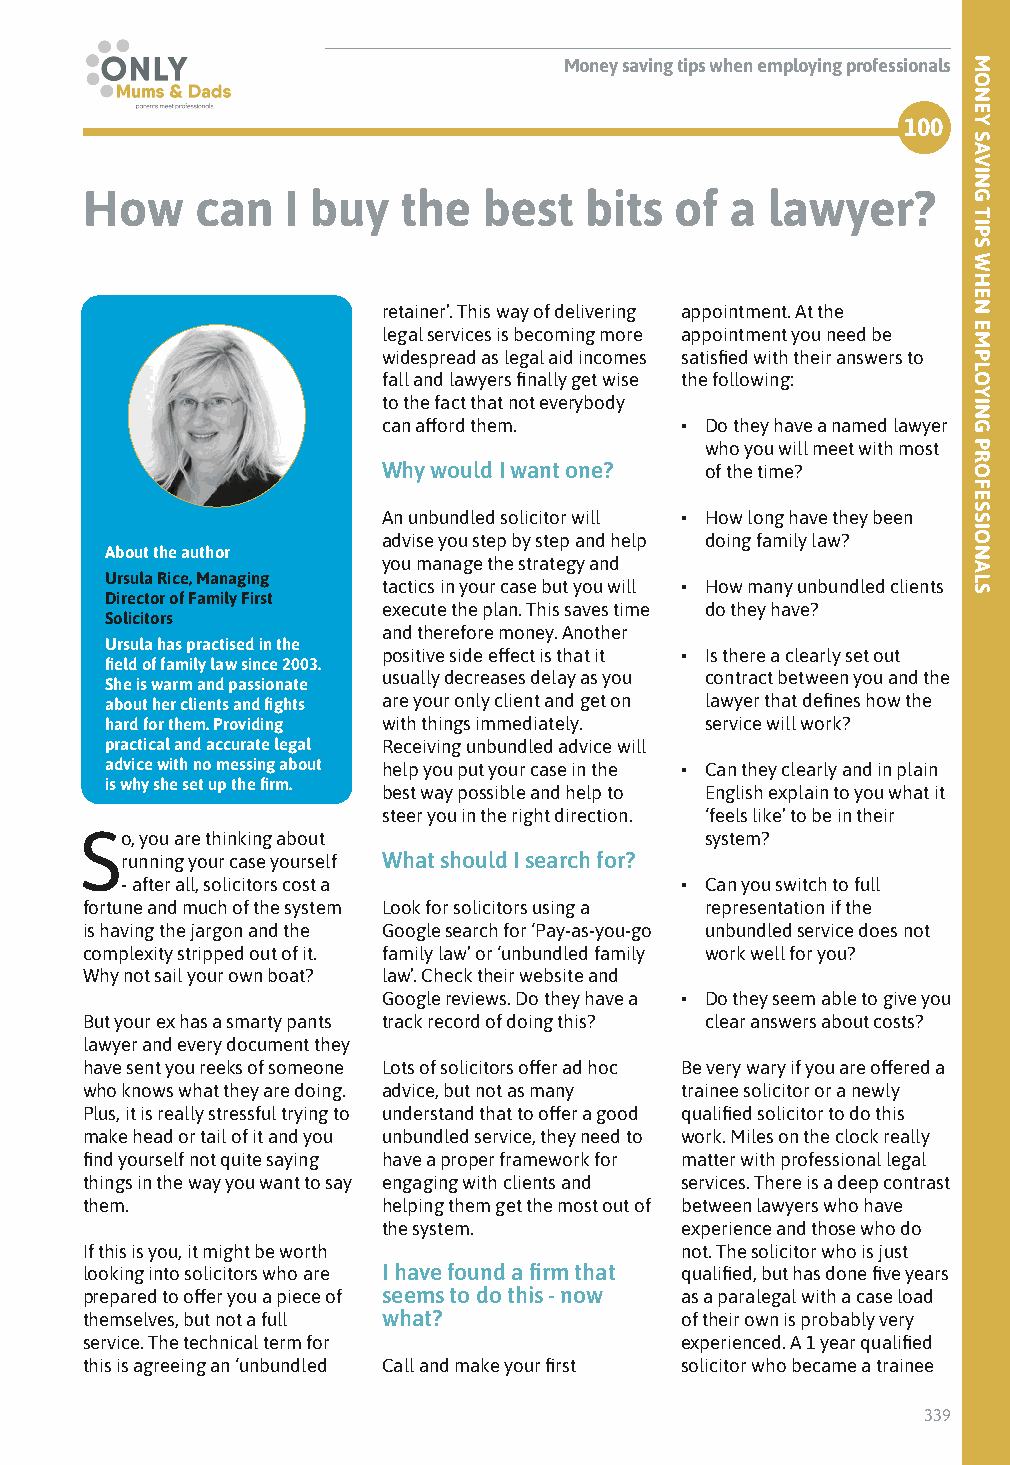
Money saving tips when employing professionals
 100
 How     can   I buy  the   best   bits  of a  lawyer?
 retainer’. This way of delivering appointment. At the
 legal services is becoming more appointment you need be
 widespread as legal aid incomes satisfied with their answers to
 fall and lawyers finally get wise the following:
 to the fact that not everybody
 can afford them.    • Do they have a named lawyer
 who you will meet with most
 Why would I want one? of the time?
 An unbundled solicitor will • How long have they been
 advise you step by step and help doing family law?
 About the author
 you manage the strategy and
 Ursula Rice, Managing
 tactics in your case but you will • How many unbundled clients
 Director of Family First
 execute the plan. This saves time do they have?
 Solicitors
 and therefore money. Another
 Ursula has practised in the
 positive side effect is that it • Is there a clearly set out
 field of family law since 2003.
 usually decreases delay as you contract between you and the
 She is warm and passionate
 about her clients and fights are your only client and get on lawyer that defines how the
 hard for them. Providing with things immediately. service will work?
 practical and accurate legal Receiving unbundled advice will
 advice with no messing about help you put your case in the • Can they clearly and in plain
 is why she set up the firm.
 best way possible and help to English explain to you what it
 steer you in the right direction. ‘feels like’ to be in their
 So, you are thinking about                system?
 running your case yourself What should I search for?
 - after all, solicitors cost a       • Can you switch to full
 fortune and much of the system Look for solicitors using a representation if the
 is having the jargon and the Google search for ‘Pay-as-you-go unbundled service does not
 complexity stripped out of it. family law’ or ‘unbundled family work well for you?
 Why not sail your own boat? law’. Check their website and
 Google reviews. Do they have a • Do they seem able to give you
 But your ex has a smarty pants track record of doing this? clear answers about costs?
 lawyer and every document they
 have sent you reeks of someone Lots of solicitors offer ad hoc Be very wary if you are offered a
 who knows what they are doing. advice, but not as many trainee solicitor or a newly
 Plus, it is really stressful trying to understand that to offer a good qualified solicitor to do this
 make head or tail of it and you unbundled service, they need to work. Miles on the clock really
 find yourself not quite saying have a proper framework for matter with professional legal
 things in the way you want to say engaging with clients and services. There is a deep contrast
 them.               helping them get the most out of between lawyers who have
 the system.         experience and those who do
 If this is you, it might be worth       not. The solicitor who is just
 looking into solicitors who are I have found a firm that qualified, but has done five years
 prepared to offer you a piece of seems to do this - now as a paralegal with a case load
 themselves, but not a full what?        of their own is probably very
 service. The technical term for         experienced. A 1 year qualified
 this is agreeing an ‘unbundled Call and make your first solicitor who became a trainee
 339
 MONEY
 SAVING
 TIPS
 WHEN
 EMPLOYING
 PROFESSIONALS